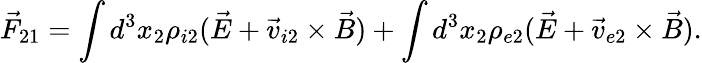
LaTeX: \vec{F}_{21}=\int d^{3}x_{2}\rho_{i2}(\vec{E}+\vec{v}_{i2}\times\vec{B})+\int d^{3}x_{2}\rho_{e2}(\vec{E}+\vec{v}_{e2}\times\vec{B}).